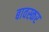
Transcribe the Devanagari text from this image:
बावस्कर